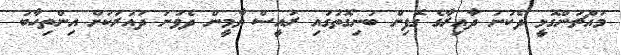
މައްޗަންގޮޅީ ދެކުނު ދާއިރާގެ ގޮފިން ބުނިގޮތުގައި ރައީސް ޔާމީން ދެވަނަ ދައުރަކަށް އިންތިހާބު